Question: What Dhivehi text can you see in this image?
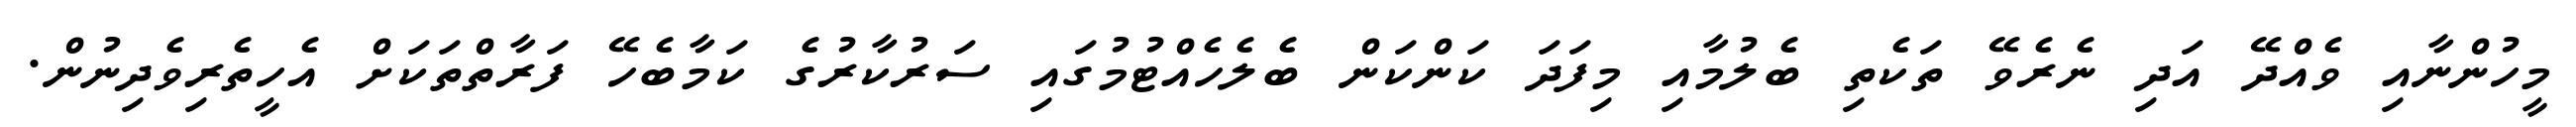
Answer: މީހުންނާއި ވެއްދޭ އަދި ނެރެވޭ ތަކެތި ބެލުމާއި މިފަދަ ކަންކަން ބެލެހެއްޓުމުގައި ސަރުކާރުގެ ކަމާބެހޭ ފަރާތްތަކަށް އެހީތެރިވެދިނުން.